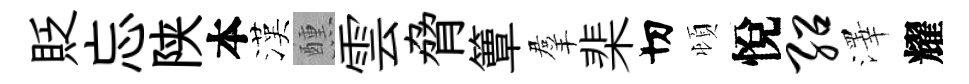
貶忘陕本漢醺雲脅簟羣棐切頓悅绍澤耀